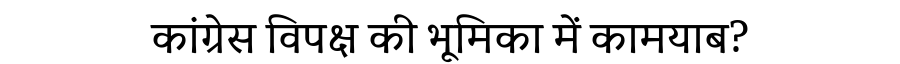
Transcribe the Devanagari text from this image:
कांग्रेस विपक्ष की भूमिका में कामयाब?